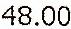
48.00